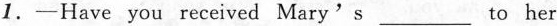
1.—Have you received Mary'sto___ her